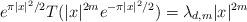
LaTeX: \begin{align*} e^{\pi|x|^2/2} T(|x|^{2m}e^{-\pi|x|^2/2})=\lambda_{d,m}|x|^{2m}\ \end{align*}